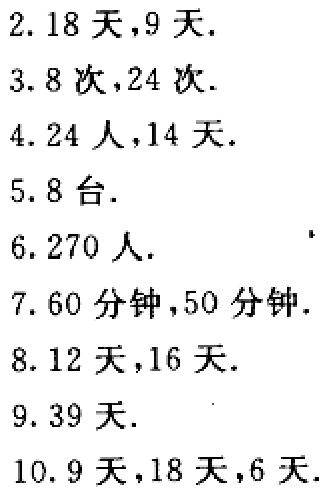
2. 18 天，9 天.

3. 8 次，24 次.

4. 24 人，14 天.

5. 8 台.

6. 270 人.

7. 60 分钟，50 分钟.

8. 12 天，16 天.

9. 39 天.

10. 9 天，18 天，6 天.